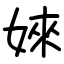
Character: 婡